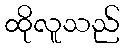
ထိုလူသည်